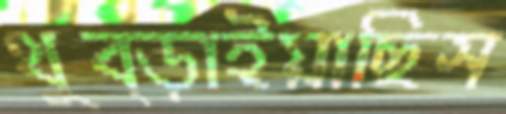
থুব্‌ড়াইয়াছিস